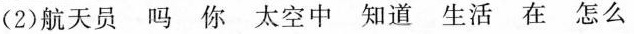
(2)航天员 吗 你 太空中 知道 生活 在 怎么